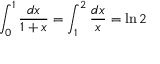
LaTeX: \int _ { 0 } ^ { 1 } { \frac { d x } { 1 + x } } = \int _ { 1 } ^ { 2 } { \frac { d x } { x } } = \ln 2